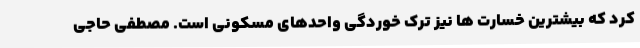
کرد که بیشترین خسارت ها نیز ترک خوردگی واحدهای مسکونی است. مصطفی حاجی